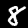
Digit: 8